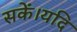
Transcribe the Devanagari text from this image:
सकें।यदि